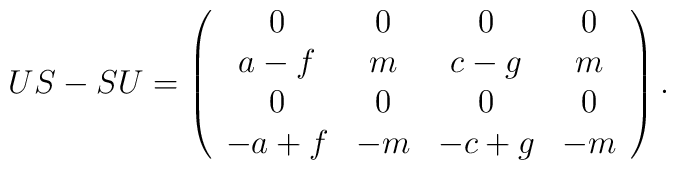
US-SU=\left(\begin{array}{cccc}0 & 0 & 0 & 0 \\a-f & m & c-g & m \\0 & 0 & 0 & 0 \\-a+f & -m & -c+g & -m\end{array}\right) .